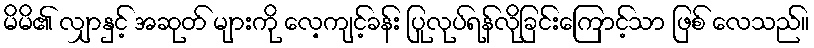
မိမိ၏ လျှာနှင့် အဆုတ် များကို လေ့ကျင့်ခန်း ပြုလုပ်ရန်လိုခြင်းကြောင့်သာ ဖြစ် လေသည်။